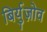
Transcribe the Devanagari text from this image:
बिर्युज़ोव